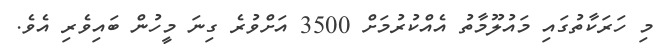
މި ހަރަކާތުގައި މައުލޫމާތު އެއްކުރުމަށް 3500 އަށްވުރެ ގިނަ މީހުން ބައިވެރި އެވެ.